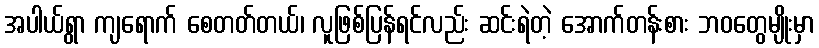
အပါယ်ရွာ ကျရောက် စေတတ်တယ်၊ လူဖြစ်ပြန်ရင်လည်း ဆင်းရဲတဲ့ အောက်တန်းစား ဘဝတွေမျိုးမှာ